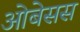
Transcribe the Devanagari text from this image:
ओबेसस